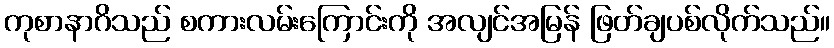
ကုစာနာဂိသည် စကားလမ်းကြောင်းကို အလျင်အမြန် ဖြတ်ချပစ်လိုက်သည်။